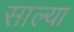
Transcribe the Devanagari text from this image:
साल्या